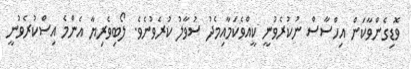
ވޮޑިގެންވާކަން އިހްސާސް ނުކުރެވުނީ ކީއްވެކަމާއިމެދު ސުވާލު ކުރެވުނެވެ. ލޯބިވެރިޔާ އެންމެ އިސްކުރެވުނީ